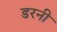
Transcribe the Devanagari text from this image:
डरनी